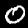
Label: 0